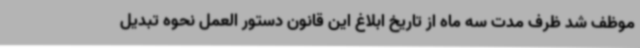
موظف شد ظرف مدت سه ماه از تاریخ ابلاغ این قانون دستور العمل نحوه تبدیل